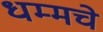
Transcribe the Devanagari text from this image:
धम्मचे